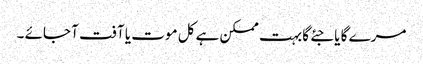
مرے گا یا جئے گا بہت ممکن ہے کل موت یا آفت آ جائے ۔